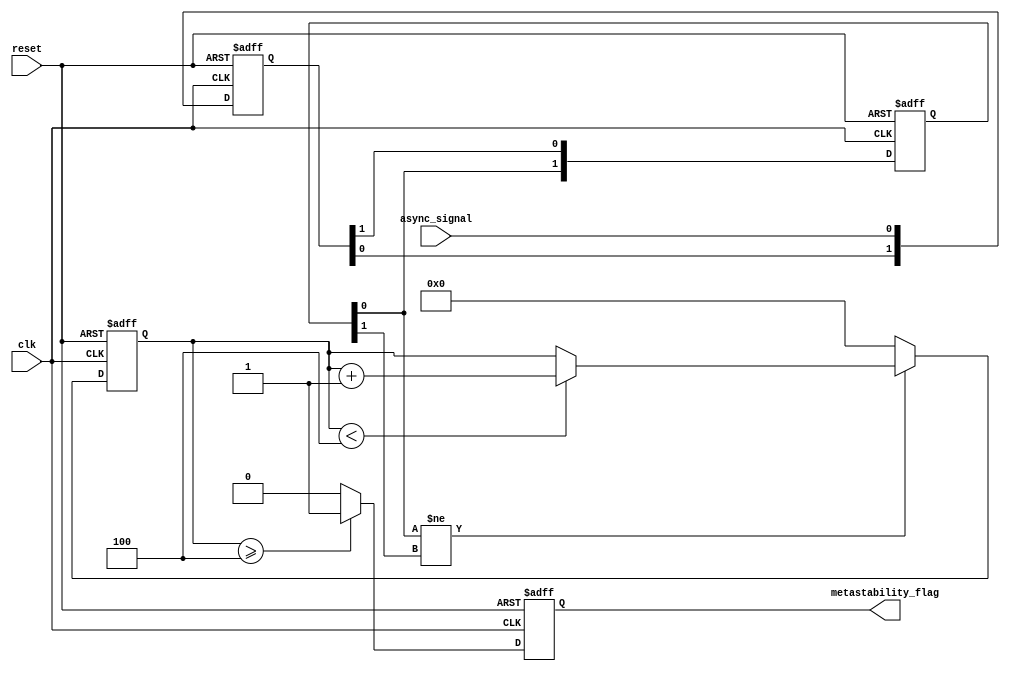
module metastability_detector (
    input wire clk,                // Sampling clock
    input wire async_signal,       // Asynchronous input signal
    input wire reset,              // Reset signal
    output reg metastability_flag   // Metastability detection flag
);

    // Parameters
    parameter CYCLES_THRESHOLD = 4; // Number of cycles to confirm metastability

    // Internal signals
    reg [1:0] latch1;               // Latch1 output
    reg [1:0] latch2;               // Latch2 output
    reg [3:0] metastability_counter; // Counter for metastability detection

    // Latch1: Sampling the asynchronous signal
    always @(posedge clk or posedge reset) begin
        if (reset) begin
            latch1 <= 2'b00; // Reset latch1
        end else begin
            latch1 <= {latch1[0], async_signal}; // Shift in the async signal
        end
    end

    // Latch2: Sampling the output of Latch1
    always @(posedge clk or posedge reset) begin
        if (reset) begin
            latch2 <= 2'b00; // Reset latch2
        end else begin
            latch2 <= {latch2[0], latch1[1]}; // Shift in the output of latch1
        end
    end

    // Metastability detection logic
    always @(posedge clk or posedge reset) begin
        if (reset) begin
            metastability_counter <= 4'b0000; // Reset counter
            metastability_flag <= 1'b0;        // Clear flag
        end else begin
            // Check if latch2 is in an uncertain state (i.e., oscillating)
            if (latch2[0] != latch2[1]) begin
                if (metastability_counter < CYCLES_THRESHOLD) begin
                    metastability_counter <= metastability_counter + 1'b1; // Increment counter
                end
            end else begin
                metastability_counter <= 4'b0000; // Reset counter if stable
            end

            // Assert the metastability flag if the counter exceeds the threshold
            if (metastability_counter >= CYCLES_THRESHOLD) begin
                metastability_flag <= 1'b1; // Metastability detected
            end else begin
                metastability_flag <= 1'b0; // Clear flag
            end
        end
    end

endmodule